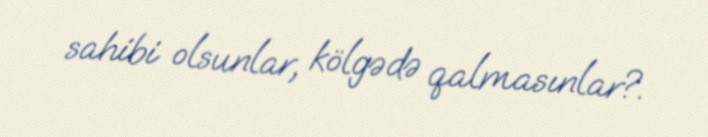
sahibi olsunlar, kölgədə qalmasınlar?.